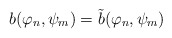
\begin{align*}b(\varphi_n,\psi_m) = \tilde{b}(\varphi_n,\psi_m)\end{align*}